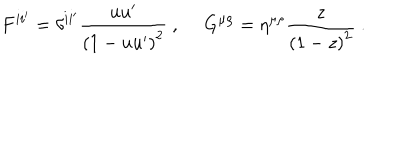
F ^ { i i ^ { \prime } } = \delta ^ { i i ^ { \prime } } \frac { u u ^ { \prime } } { \left( 1 - u u ^ { \prime } \right) ^ { 2 } } ~ , ~ ~ G ^ { \mu \rho } = \eta ^ { \mu \rho } \frac { z } { \left( 1 - z \right) ^ { 2 } } ~ .